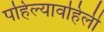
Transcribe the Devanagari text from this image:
पहिल्यावहिली